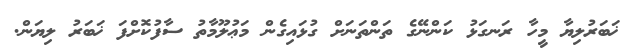
ޚަބަރުލިޔާ މީހާ ރަނގަޅު ކަންނޭގެ ތަންތަނަށް ގުޅައިގެން މަޢުލޫމާތު ސާފުކޮށްފަ ޚަބަރު ލިޔަން.